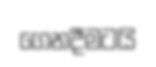
ගෙනදීමටයි